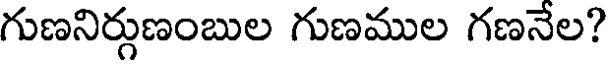
గుణనిర్గుణంబుల గుణముల గణనేల?